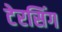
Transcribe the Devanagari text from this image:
टेरसिंग